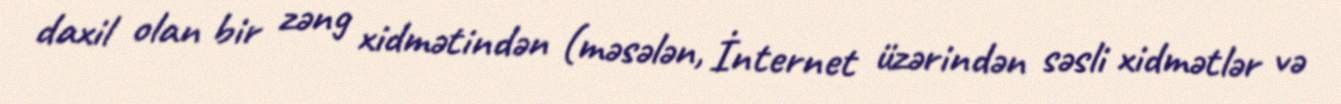
daxil olan bir zəng xidmətindən (məsələn, İnternet üzərindən səsli xidmətlər və